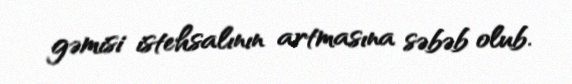
gəmisi istehsalının artmasına səbəb olub.